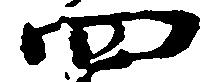
四